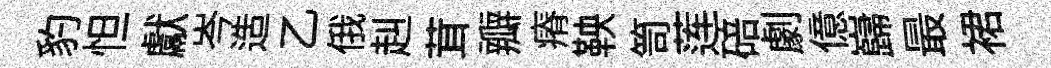
豹怛獻岑造乙俄赳茸瓣瘠鞅笥莲碚劇億巋最裙